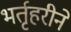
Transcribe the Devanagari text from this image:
भर्तृहरीने